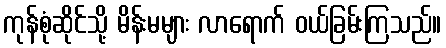
ကုန်စုံဆိုင်သို့ မိန်းမများ လာရောက် ဝယ်ခြမ်းကြသည်။